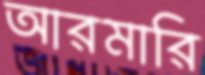
আরমারি